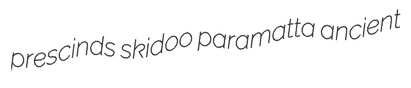
prescinds skidoo paramatta ancient